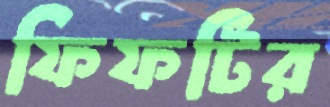
ফিফটির